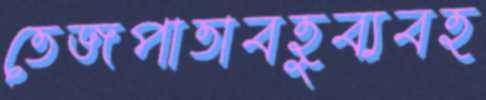
তেজপাতাবহুব্যবহ